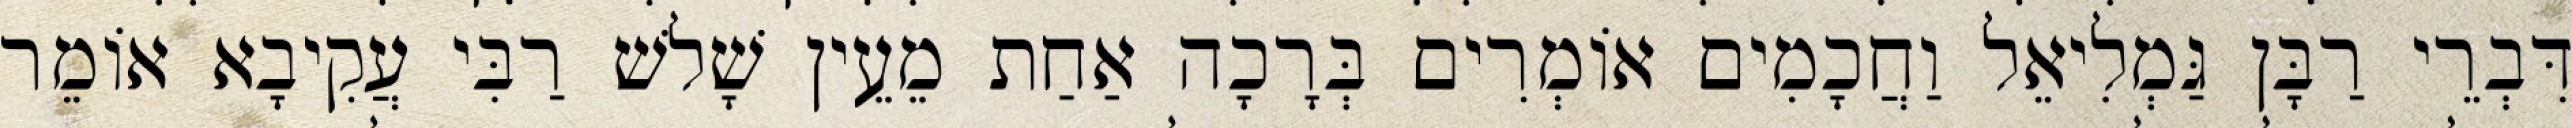
דִּבְרֵי רַבָּן גַּמְלִיאֵל וַחֲכָמִים אוֹמְרִים בְּרָכָה אַחַת מֵעֵין שָׁלשׁ רַבִּי עֲקִיבָא אוֹמֵר